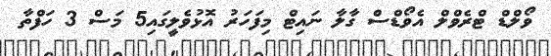
ވޯލްޑް ޓްރެވްލް އެވޯޑްސް ގާލާ ނައިޓް މިފަހަރު އޮޅުވެލީގައި5 މަސް 3 ހަފްތާ